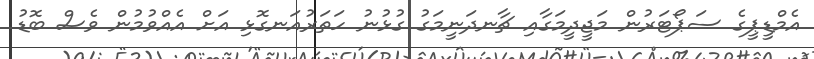
އެމްޑީޕީގެ ސަޕޯޓަރުން މަޖީދީމަގާއި ޗާނދަނީމަގު ގުޅުނު ހަތަރުއަނގޮޅި އަށް އެއްވުމުން ވެސް ބޮޑު